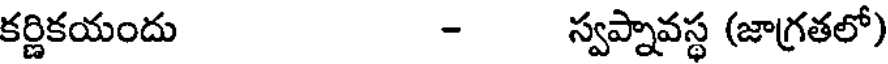
కర్ణికయందు - స్వప్నావస్థ (జాగ్రతలో)